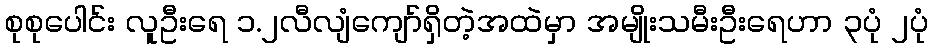
စုစုပေါင်း လူဦးရေ ၁.၂လီလျံကျော်ရှိတဲ့အထဲမှာ အမျိုးသမီးဦးရေဟာ ၃ပုံ ၂ပုံ